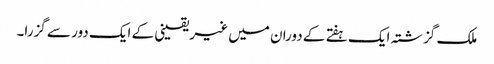
ملک گزشتہ ایک ہفتے کے دوران میں غیر یقینی کے ایک دور سے گزرا۔